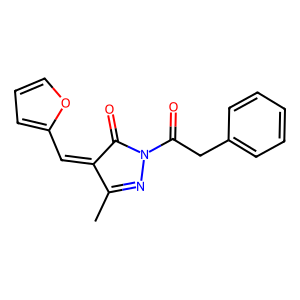
SMILES: CC1=NN(C(=O)Cc2ccccc2)C(=O)C1=Cc1ccco1
Inhibits HIV replication: No